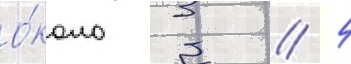
о́коло 3 / 4